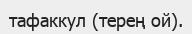
тафаккул (терең ой).